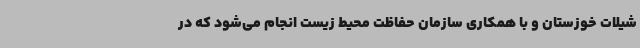
شیلات خوزستان و با همکاری سازمان حفاظت محیط زیست انجام می‌شود که در